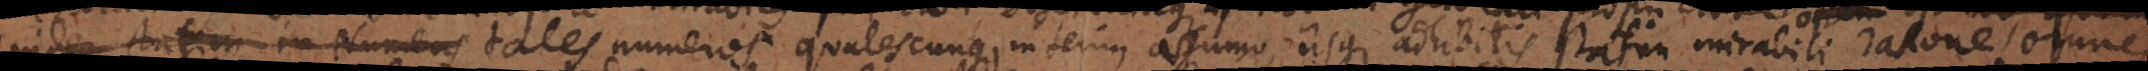
inde statim in Numeros tales numeros qualescunque ei proprietati congruentes interim assumo, iisque adhibitis statim mirabili ratione omnes